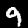
Label: 9